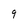
Character: 9